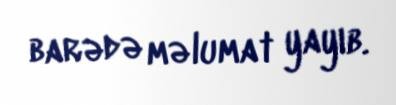
barədə məlumat yayıb.